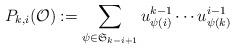
LaTeX: \begin{align*} P_{k,i}(\mathcal{O}):=\sum_{\psi \in \mathfrak{S}_{k-i+1}} u_{\psi(i)}^{k-1} \cdots u_{\psi(k)}^{i-1} \end{align*}